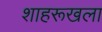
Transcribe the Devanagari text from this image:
शाहरूखला